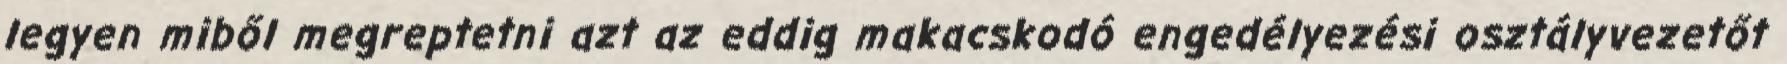
legyen miből megreptetni azt az eddig makacskodó engedélyezési osztályvezetőt